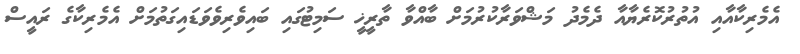
އެމެރިކާއާއި އުތުރުކޮރެޔާއާ ދެމެދު މަޝްވަރާކުރުމަށް ބާއްވާ ތާރީޚީ ސަމިޓުގައި ބައިވެރިވެވަޑައިގަތުމަށް އެމެރިކާގެ ރައީސް